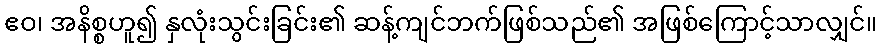
ဧဝ၊ အနိစ္စဟူ၍ နှလုံးသွင်းခြင်း၏ ဆန့်ကျင်ဘက်ဖြစ်သည်၏ အဖြစ်ကြောင့်သာလျှင်။